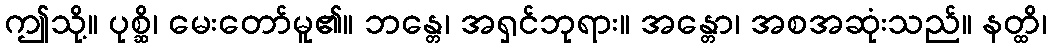
ဤသို့။ ပုစ္ဆိ၊ မေးတော်မူ၏။ ဘန္တေ၊ အရှင်ဘုရား။ အန္တော၊ အစအဆုံးသည်။ နတ္ထိ၊